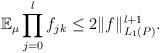
\begin{align*}\mathbb E_{\mu} \prod_{j=0}^l f_{jk} \leq 2 \|f\|_{L_1(P)}^{l+1}.\end{align*}